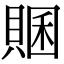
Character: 𧶞